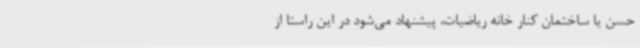
حسن یا ساختمان کنار خانه ریاضیات، پیشنهاد می‌شود در این راستا از